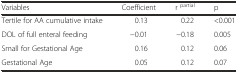
| Variables | Coefficient | r partial | p |
 | --- | --- | --- | --- |
 | Tertile for AA cumulative intake | 0.13 | 0.22 | <0.001 |
 | DOL of full enteral feeding | −0.01 | −0.18 | 0.005 |
 | Small for Gestational Age | 0.16 | 0.12 | 0.06 |
 | Gestational Age | 0.05 | 0.12 | 0.07 |